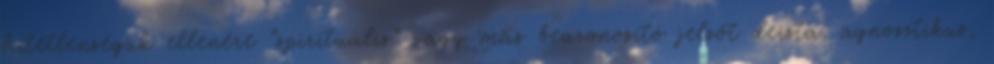
hitetlenségük ellenére “spirituális” vagy más beazonosító jelzőt deista, agnosztikus,